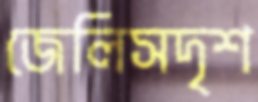
জেলিসদৃশ